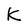
Character: K